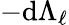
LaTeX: -\mathrm{d}\Lambda_{\ell}